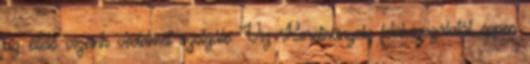
az éltető vizeink védelmét szolgáló Víz Keretirányelv felülvizsgálatát éppen